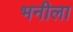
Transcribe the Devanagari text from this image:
भनीला